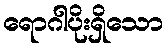
ရောဂါပိုးရှိသော